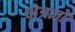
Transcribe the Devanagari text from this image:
क्षेत्रज्ञो